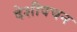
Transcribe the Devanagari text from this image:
देशीवचन